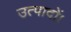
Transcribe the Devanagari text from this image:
उत्पादों।